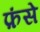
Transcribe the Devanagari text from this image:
फ़ंसे